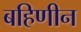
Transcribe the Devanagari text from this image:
बहिणीन